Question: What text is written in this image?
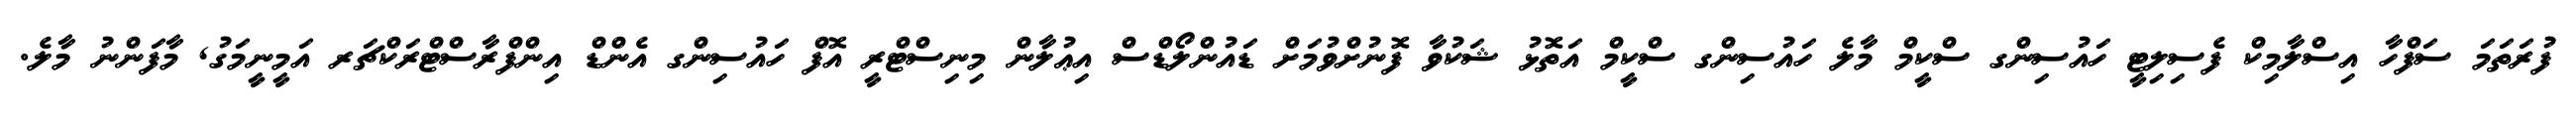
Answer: ފުރަތަމަ ސަފްހާ އިސްލާމިކް ފެސިލިޓީ ހައުސިންގ ސްކީމް މާލެ ހައުސިންގ ސްކީމް އަތޮޅު ޝަކުވާ ފޮނުށްވުމަށް ޑައުންލޯޑްސް އިޢުލާން މިނިސްޓްރީ އޮފް ހައުސިންގ އެންޑް އިންފްރާސްޓްރަކްޗަރ އަމީނީމަގު, މާފަންނު މާލެ.